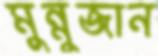
মুন্নুজান